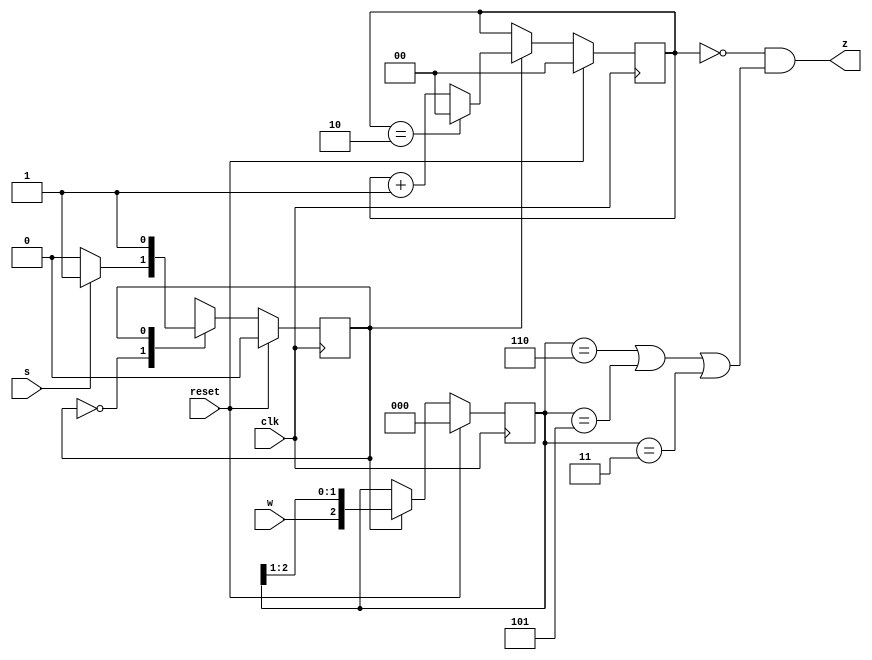
module top_module (
    input clk,
    input reset,   // Synchronous reset
    input s,
    input w,
    output z
);	
    parameter A=0, B=1;
    reg ps, ns;
    reg [2:0] reg_w;
    reg [1:0] cnt_clk;
    
    always @(posedge clk) begin
        if(reset)
        	ps <= A;    
        else
            ps <= ns;
    end
    
    always @(*) begin
        case(ps)
        	A: ns = s ? B : A;
            B: ns = B;
        endcase
    end
    
    always @(posedge clk) begin
        if(reset)
            reg_w <= 0;
        else
            reg_w <= ps==B ? {w,reg_w[2:1]} : reg_w;
    end
    
    always @(posedge clk) begin
        if(reset)
            cnt_clk <= 0;
        else
            if(ps==B)
                cnt_clk <= cnt_clk==2 ? 0 : cnt_clk+1;
        	else
                cnt_clk <= cnt_clk;
    end
    
    assign z = cnt_clk==0 & (reg_w==3'b110 | reg_w==3'b101 | reg_w==3'b011);
endmodule